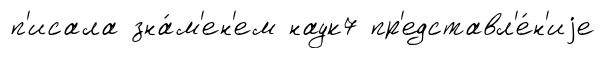
п'исала зна́м'ен'ем наук7 пр'едставл'е́н'иjе